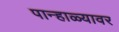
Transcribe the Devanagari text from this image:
पान्हाळ्यावर